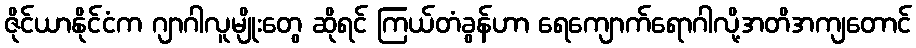
ဇိုင်ယာနိုင်ငံက ဂျာဂါလူမျိုးတွေ ဆိုရင် ကြယ်တံခွန်ဟာ ရေကျောက်ရောဂါလို့အတိအကျတောင်